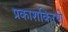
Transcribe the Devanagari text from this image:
प्रकाशकिरणे